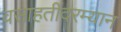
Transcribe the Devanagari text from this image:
वसाहतींदरम्यान